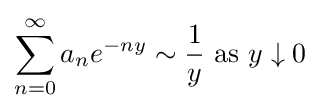
\sum _{n=0}^{\infty }a_{n}e^{-ny}\sim {\frac {1}{y}}\ {\text{as}}\ y\downarrow 0